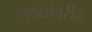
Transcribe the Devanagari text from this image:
मुद्द्यांवरील